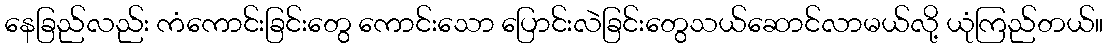
နေခြည်လည်း ကံကောင်းခြင်းတွေ ကောင်းသော ပြောင်းလဲခြင်းတွေသယ်ဆောင်လာမယ်လို့ ယုံကြည်တယ်။